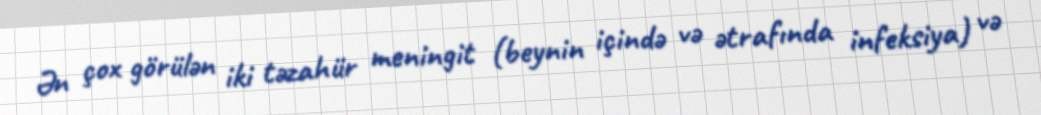
Ən çox görülən iki təzahür meningit (beynin içində və ətrafında infeksiya) və